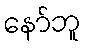
နော်ဘူ